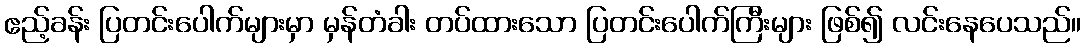
ဧည့်ခန်း ပြတင်းပေါက်များမှာ မှန်တံခါး တပ်ထားသော ပြတင်းပေါက်ကြီးများ ဖြစ်၍ လင်းနေပေသည်။